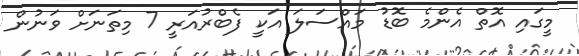
މީގައި އޮތް އެންމެ ބޮޑު މައްސަލަ އަކީ ފެބްރުއަރީ 7 މިތަނަށް ވަނުން